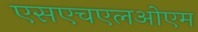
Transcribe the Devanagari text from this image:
एसएचएलओएम